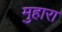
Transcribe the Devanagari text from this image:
मुहारा